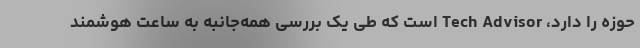
حوزه را دارد، Tech Advisor است که طی یک بررسی همه‌جانبه به ساعت هوشمند